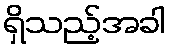
ရှိသည့်အခါ